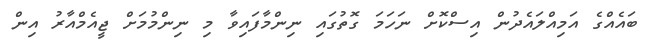
ބައެއްގެ އަމިއްލައެދުން އިސްކޮށް ނަހަމަ ގޮތުގައި ނިންމާފައިވާ މި ނިންމުމަށް ޖީއެމްއާރު އިން